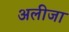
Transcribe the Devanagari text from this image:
अलीजा